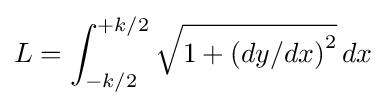
L=\int _{-k/2}^{+k/2}{\sqrt {1+\left(dy/dx\right)^{2}}}\,dx